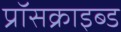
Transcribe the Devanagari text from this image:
प्रॉसक्राइब्ड